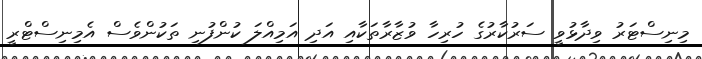
މިނިސްޓަރު ވިދާޅުވީ ސަރުކާރުގެ ހުރިހާ ވުޒާރާތަކާއި އަދި އަމިއްލަ ކުންފުނި ތަކުންވެސް އެމިނިސްޓްރީ